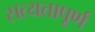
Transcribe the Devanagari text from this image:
सत्यतापूर्ण